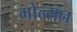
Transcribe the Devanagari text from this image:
मोल्सन